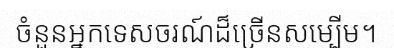
ចំនួនអ្នកទេសចរណ៍ដ៏ច្រើនសម្បើម។